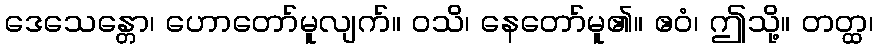
ဒေသေန္တော၊ ဟောတော်မူလျက်။ ဝသိ၊ နေတော်မူ၏။ ဧဝံ၊ ဤသို့။ တတ္ထ၊